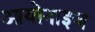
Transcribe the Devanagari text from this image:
आयोनाइज